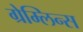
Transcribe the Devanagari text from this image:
ग्रेम्लिन्स